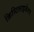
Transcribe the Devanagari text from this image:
क्रिस्टिलाइजेशन